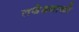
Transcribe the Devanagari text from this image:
तथेक्ष्वाको